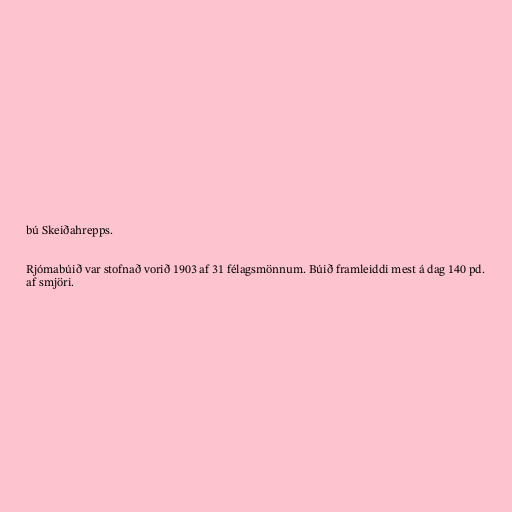
bú Skeiðahrepps.

Rjómabúið var stofnað vorið 1903 af 31 félagsmönnum. Búið framleiddi mest á dag 140 pd.
af smjöri.